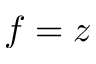
f = z